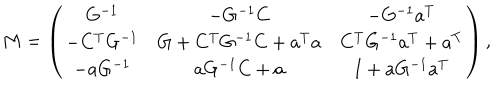
M = \left( \begin{matrix} { { G ^ { - 1 } } } & { { - G ^ { - 1 } C } } & { { - G ^ { - 1 } a ^ { T } } } \\ { { - C ^ { T } G ^ { - 1 } } } & { { G + C ^ { T } G ^ { - 1 } C + a ^ { T } a } } & { { C ^ { T } G ^ { - 1 } a ^ { T } + a ^ { T } } } \\ { { - a G ^ { - 1 } } } & { { a G ^ { - 1 } C + a } } & { { I + a G ^ { - 1 } a ^ { T } } } \\ \end{matrix} \right) ,